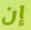
إن